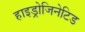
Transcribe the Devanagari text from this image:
हाइड्रोजिनेटिड